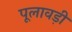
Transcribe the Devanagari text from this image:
पूलावड़ी